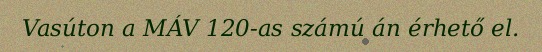
Vasúton a MÁV 120-as számú án érhető el.